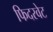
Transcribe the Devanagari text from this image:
फिदरवेट